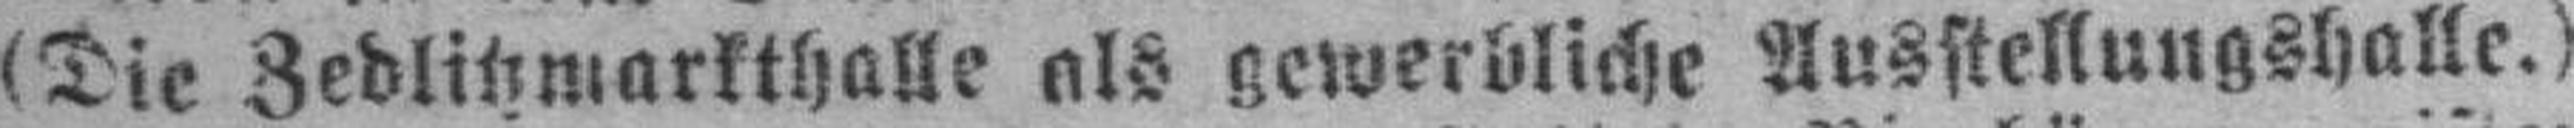
(Die Zedlitzmarkthalle als gewerbliche Ausstellungshalle.)